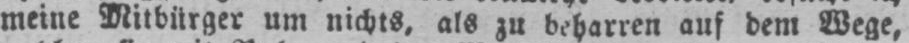
meine Mitbürger um nichts, als zu beharren auf dem Wege,